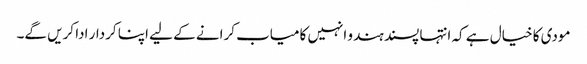
مودی کا خیال ہے کہ انتہا پسند ہندو انہیں کامیاب کرانے کے لیے اپنا کردار ادا کریں گے۔